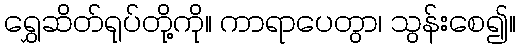
ရွှေဆိတ်ရုပ်တို့ကို။ ကာရာပေတွာ၊ သွန်းစေ၍။